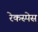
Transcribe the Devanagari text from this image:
रेकस्पेस